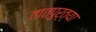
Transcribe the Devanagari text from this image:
तातपुर्त्या